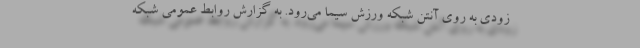
زودی به روی آنتن شبکه ورزش سیما می‌رود. به گزارش روابط عمومی شبکه